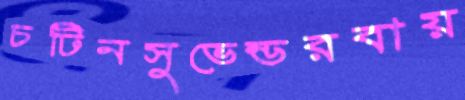
চটিনসুভেন্ডরবায়